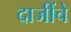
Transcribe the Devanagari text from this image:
दाजींचे